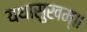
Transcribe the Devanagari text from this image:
यथासुखम्॥